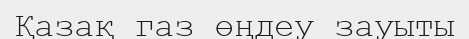
Қазақ газ өңдеу зауыты